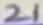
Text: 21